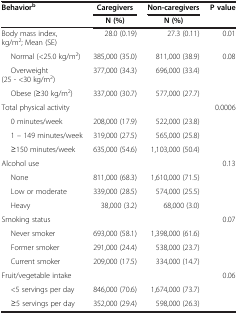
<table><thead><tr><td><b>Behavior<sup>b</sup></b></td><td><b>Caregivers</b></td><td><b>Non-caregivers</b></td><td><b>P value</b></td></tr><tr><td><b> </b></td><td><b>N (%)</b></td><td><b>N (%)</b></td><td><b> </b></td></tr></thead><tbody><tr><td>Body mass index, kg/m<sup>2</sup>; Mean (SE)</td><td>28.0 (0.19)</td><td>27.3 (0.11)</td><td>0.01</td></tr><tr><td>Normal (&lt;25.0 kg/m<sup>2</sup>)</td><td>385,000 (35.0)</td><td>811,000 (38.9)</td><td>0.08</td></tr><tr><td>Overweight (25 - &lt;30 kg/m<sup>2</sup>)</td><td>377,000 (34.3)</td><td>696,000 (33.4)</td><td> </td></tr><tr><td>Obese (≥30 kg/m<sup>2</sup>)</td><td>337,000 (30.7)</td><td>577,000 (27.7)</td><td> </td></tr><tr><td>Total physical activity</td><td> </td><td> </td><td>0.0006</td></tr><tr><td>0 minutes/week</td><td>208,000 (17.9)</td><td>522,000 (23.8)</td><td> </td></tr><tr><td>1 – 149 minutes/week</td><td>319,000 (27.5)</td><td>565,000 (25.8)</td><td> </td></tr><tr><td>≥150 minutes/week</td><td>635,000 (54.6)</td><td>1,103,000 (50.4)</td><td> </td></tr><tr><td>Alcohol use</td><td> </td><td> </td><td>0.13</td></tr><tr><td>None</td><td>811,000 (68.3)</td><td>1,610,000 (71.5)</td><td> </td></tr><tr><td>Low or moderate</td><td>339,000 (28.5)</td><td>574,000 (25.5)</td><td> </td></tr><tr><td>Heavy</td><td>38,000 (3.2)</td><td>68,000 (3.0)</td><td> </td></tr><tr><td>Smoking status</td><td> </td><td> </td><td>0.07</td></tr><tr><td>Never smoker</td><td>693,000 (58.1)</td><td>1,398,000 (61.6)</td><td> </td></tr><tr><td>Former smoker</td><td>291,000 (24.4)</td><td>538,000 (23.7)</td><td> </td></tr><tr><td>Current smoker</td><td>209,000 (17.5)</td><td>334,000 (14.7)</td><td> </td></tr><tr><td>Fruit/vegetable intake</td><td> </td><td> </td><td>0.06</td></tr><tr><td>&lt;5 servings per day</td><td>846,000 (70.6)</td><td>1,674,000 (73.7)</td><td> </td></tr><tr><td>≥5 servings per day</td><td>352,000 (29.4)</td><td>598,000 (26.3)</td><td> </td></tr></tbody></table>